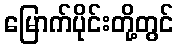
မြောက်ပိုင်းတို့တွင်